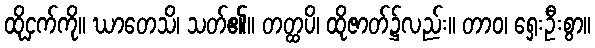
ထိုငှက်ကို။ ဃာတေသိ၊ သတ်၏။ တတ္ထပိ၊ ထိုဇာတ်၌လည်း။ တာဝ၊ ရှေးဦးစွာ။